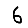
Digit: 6